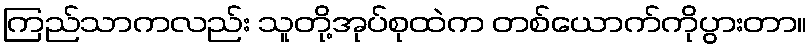
ကြည်သာကလည်း သူတို့အုပ်စုထဲက တစ်ယောက်ကိုပွားတာ။